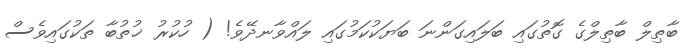
ބާޠިލް ބާޠިލްގެ ގޮތުގައި ބަލައިގަންނަ ބަޔަކުކަމުގައި ލައްވާނދޭވެ! ( ހުކުރު ޚުތުބާ ތަކުގައިވެސް